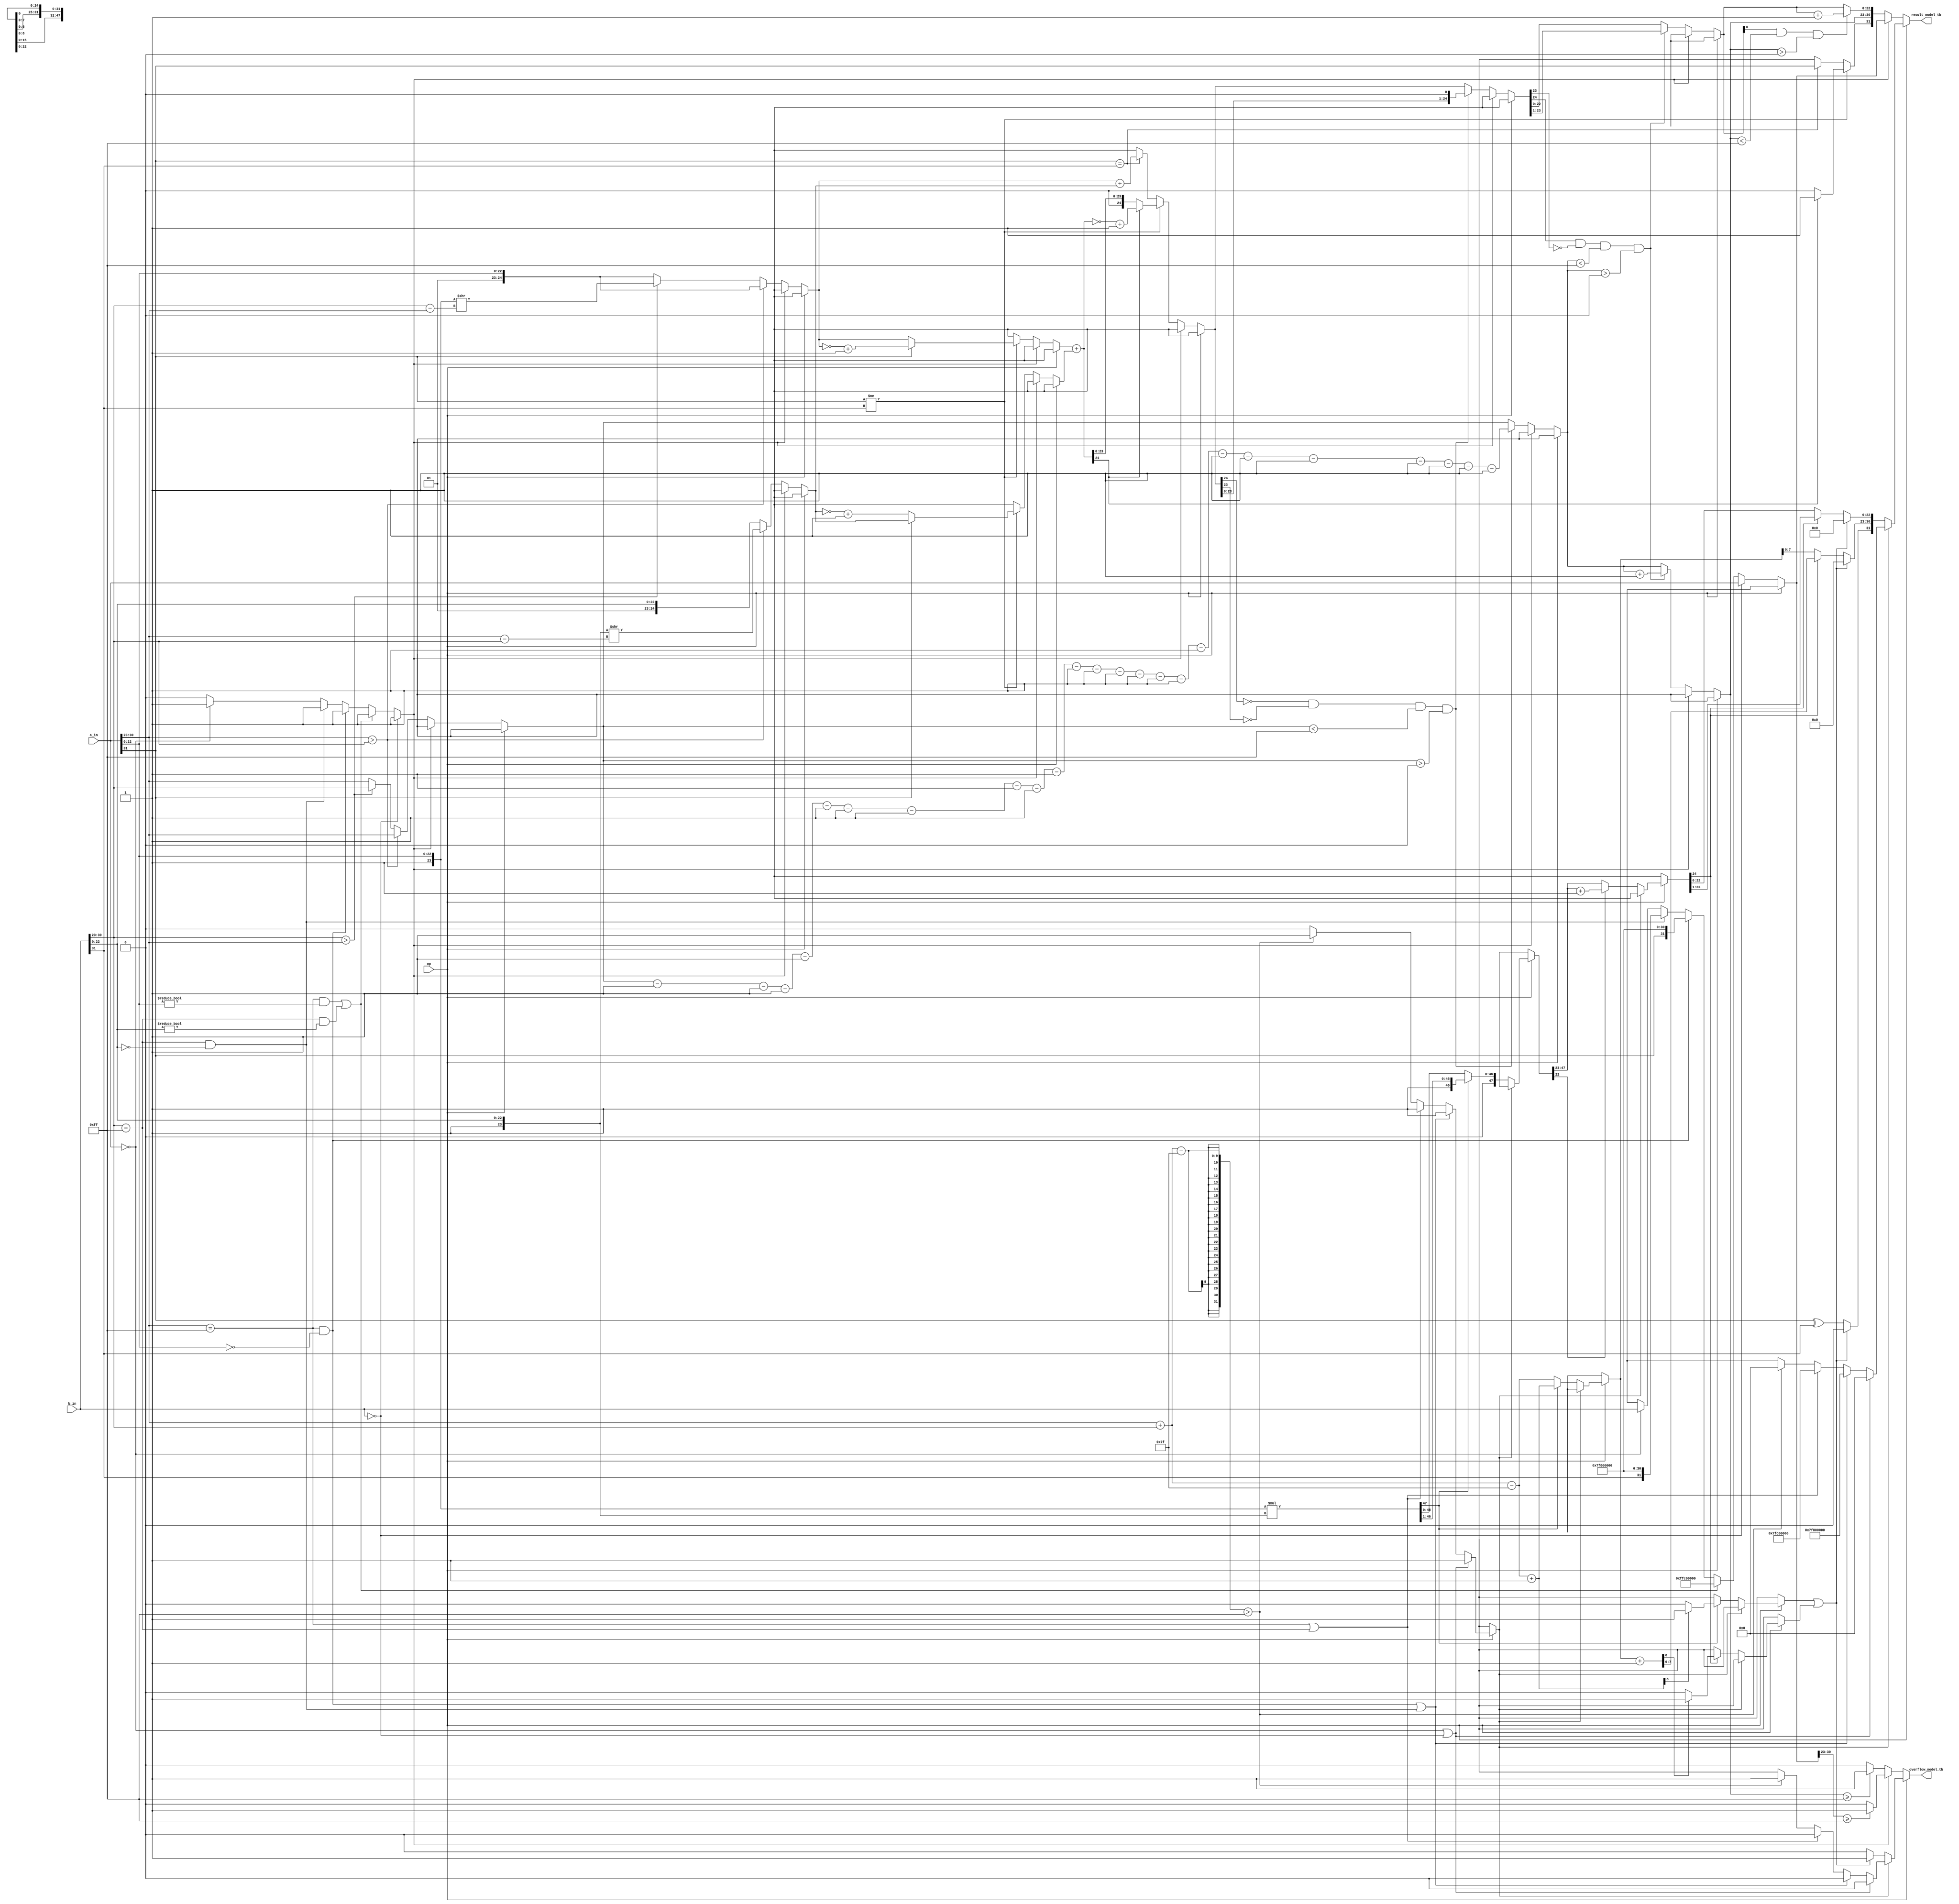
module fpalu_verify(input [31:0]a_in,b_in,input op,output reg [31:0]result_model_tb,output reg overflow_model_tb);
reg enable;


always@(*) 
begin

verification_model (a_in,b_in,op,result_model_tb,overflow_model_tb);

end

task  verification_model;
input [31:0] a_in, b_in;
input op;
output reg [31:0] result_task;
output reg overflow;
begin

if(op == 0)
    calculateadd (a_in, b_in, result_task,overflow);
else
    calculatemulti(a_in,b_in,result_task,overflow);
	
end
endtask



task calculateadd (input [31:0] x, y, output [31:0] sum, output overflow);
reg sa, sb, isexception;
reg [7:0] ea, eb;
reg [24:0] ma, mb;
reg of;
reg [31:0] res;
begin

split (x, y, sa, sb, ea, eb, ma, mb);
exception_adder (x, y, sa, sb, ea, eb, ma, mb, isexception, of, res);

if (!isexception)
begin
        // Call other tasks

	add_normal(x, y, sa, sb, ea, eb, ma, mb, overflow, sum);


end
else
begin
	if (res[30:23]>= 255) begin
	overflow = 1;
	end
	else begin
	overflow = 0;
	end
sum=res;
end
end
endtask

task calculatemulti (input [31:0] x, y, output [31:0] product, output overflow_multi);
reg sa, sb, isexception;
reg [7:0] ea, eb;
reg [24:0] ma, mb;
reg of;
reg [31:0] res;
begin
of=0;
res=0;
split (x, y, sa, sb, ea, eb, ma, mb);
exception_multi (x, y, sa, sb, ea, eb, ma, mb, isexception,of,res);

if (!isexception)
begin
        
	multi_normal(sa, sb, ea, eb, ma, mb, overflow_multi,product);

end
else
begin
	product=res;
	overflow_multi=of;
end
end
endtask

task split;
input [31:0] a_in, b_in;
output reg sa,sb;
output reg [7:0] ea,eb;
output reg [24:0] ma,mb;
begin

        sa = a_in[31];
        sb = b_in[31];
        ea = a_in[30:23];
        eb = b_in[30:23];
        ma = {2'b01,a_in[22:0]}; // Adjust for zero input
        mb = {2'b01,b_in[22:0]};
end
endtask



task exception_adder;
input [31:0] a_in, b_in;
input sa,sb;
input [7:0] ea,eb;
input [24:0] ma,mb;
output reg isexception, overflow_model;
output reg [31:0] result_model; 

reg sr;
reg [7:0] er;
reg [22:0] mr;

begin
	isexception = 0;
        //if a is NaN or b is NaN, return NaN
        if ((ea == 255 && ma[22:0] != 0) || (eb == 255 && mb[22:0] != 0)) begin
                sr = 1;
                er = 255;
                mr[22]= 1;
                mr[21:0] = 0;
                result_model = {sr, er, mr[22],mr[21:0]};
                overflow_model = 1;
                isexception = 1;
                end

        // if a is infinite
        else if(ea == 255 && ma[22:0] == 0) begin
                sr = sa;
                er = 255;
                mr = 0;
                result_model = {sr, er, mr};
                overflow_model = 1;
                isexception = 1;
                end

        // if b is infinite
        else if(eb == 255 && mb[22:0] == 0) begin
                sr = sb;
		er = 255;
                mr = 0;
                result_model = {sr, er, mr};
                overflow_model = 1;
                isexception = 1;
                end

        // if a is zero and b isnt
        else if ( a_in ==32'b0) begin
                sr = sb;
                er = eb;
                mr = b_in[22:0];
                result_model = {sr, er, mr};
                overflow_model = 0;
                isexception = 1;
                end

        // if b is zero and a isn't
        if ( b_in ==32'b0) begin
                sr = sa;
                er = ea;
                mr = a_in[22:0];
                result_model = {sr, er, mr};
                overflow_model = 0;
                isexception = 1;
                end
//done = 1'b1;
end
endtask

task exception_multi;
input [31:0] a_in, b_in;
input sa,sb;
input [7:0] ea,eb;
input [24:0] ma,mb;
output reg isexception, overflow_model;
output reg [31:0] result_model; 

reg sr;
reg [7:0] er;
reg [22:0] mr;

begin
	isexception = 0;
	// if a  or b is zero 
        
	if ( (a_in ==0)||( b_in ==0)) begin
                result_model = 0;
                overflow_model=0;
                isexception = 1;
                end
	// if a or b  is infinite
	else if (((a_in[30:23]==8'b11111111)&&(a_in[22:0]==0))|((b_in[30:23]==8'b11111111)&&(b_in[22:0]==0))) begin
                sr = 0;
                er = 8'b1111_1111;
                mr = 0;
                result_model = {sr, er, mr};
		overflow_model=0;
                isexception = 1;
                end
            
	 //if a is NaN or b is NaN, return NaN
       else if((a_in[30:23]==8'b11111111)|(b_in[30:23]==8'b11111111))begin
                sr = 0;
                er = 8'b1111_1111;
		mr[22]=1'b1;
		mr[21:0]=0;
                result_model = {sr,er,mr};
		overflow_model=0;
                isexception = 1;
                end

             
	else 
	begin	
	if((a_in[30:23]+b_in[30:23]-8'd127)>255)
	begin
	result_model=0;
	overflow_model=1;
	isexception=1;
	end
	end
   
       
end
endtask

task add_normal;//addition block
	input [31:0] a_in, b_in;
	input sa,sb;
	input [7:0] ea,eb;
	input [24:0] ma,mb;
	output reg overflow_model;
	output reg [31:0] result_model; 
		reg [24:0] mr;
		reg sr;
		reg [7:0] er;	
	integer i;

begin

begin : stage1
	reg [7:0] difference;

        if(ea > eb)
                begin
                er = ea;
                difference =  ea - eb;
                mb = mb >> difference;
                end
        else if(eb > ea)
                begin
                er = eb;
                difference = eb - ea;
                ma = ma  >> difference;
                end
        else begin
                er=ea;
                end
end

begin : stage2
        if (sa == sb) // Simply add the significands when signs are equal. Sign of result = sign of a and b
                begin
                sr = sa;
                mr = ma + mb;
                end

        if (sa != sb) // Negate the significand of the negative number and add both significands. Sign of result = sign of sum. Negate the sum if negative.
                begin
                if (sa == 1'b1) // only a is negative
                        begin
                        ma = (~ma) + 1'b1; // 2's complement of a
                        mb = mb;
                        end

                else // only b is negative
                        begin
                        mb = ~mb + 1'b1; // 2's complement of b
                        ma = ma;
                        end

        mr = ma + mb;
                

        if (mr[24] == 1'b1) // sum is negative
                begin
                mr = (~mr) + 1'b1; // 2's complement of sum
                sr = 1'b1;
                end
        else
		begin
                mr = mr;
                sr = 1'b0;
		end

end
end


begin


        if(mr[24] == 0 && mr[23] == 0 && er < 255 && er > 0) begin
                for(i=0;i<24;i=i+1)
                er = er - 1'b1;
                mr = mr << 1;
        end

        if ( mr[24] == 1 && mr[23] == 0 && er < 255 && er > 0) begin
                er = er + 1'b1;
                mr = mr >> 1;
        end

end



begin
if(mr[0] == 1 && er < 255 && er > 0) begin
        mr = mr + 1'b1;
        end

end


begin
if (er >= 255) begin
        overflow_model = 1;
        end
else begin
        overflow_model = 0;
        end
result_model = {sr,er,mr[22:0]};

//done = 1'b1;
end

end

endtask

task multi_normal;//multiplication block
	input sa,sb;
	input [7:0] ea,eb;
	input [24:0] ma,mb;
	output reg overflow_model;
	output reg [31:0] product_model;
		
		reg of1,of2;
		reg [47:0]pm,p;// 2n number of bits in the result 24*2.
		reg [8:0] pe,pe1,pe2;
		reg [23:0] a,b;// for 22 +1 bit
		reg [24:0] pm1,pm2;// to store the normalized product
		

begin
	
begin
	pe=ea+eb-8'd127; //Adding exponents of the two inputs and subtracting the bias to get new biased exponent
	product_model[31]=sa^sb;
	pm=ma*mb;	
end

begin
	if(pm[47]==1'b1)
		begin
		p=pm>>1;//right shift
		pe1=pe+1'b1;//increment the exp by 1
		
		if(pe1[8])
		    begin
		    of1=1'b1;        
		    end
		else
			begin
			of1=1'b0;
			end
		end
	else 
	 begin
        p=pm;
	pe1=pe;
        end
end

//to round off the final bit of the product
begin
	if(p[22]==1'b1) //if the last bit is 1 the add 1 to the previous term
	    begin
	    pm1=p[47:23]+1'b1;
	    end 
	else// if its not zero the continue the process
	    begin
	    pm1=p[47:23];
	    end
end

begin//checkiing for normalization for the 2nd time
		if(pm1[24]==1'b1)
		begin
			pm2=pm1>>1;
			pe2=pe1+1'b1;
			
			if(pe2[8])
		        begin
		        of2=1'b1;        
		        end
			else
			begin
			of2=1'b0;
			end
		end
		else
		begin
		pm2=pm1;
            	pe2=pe1;    
	        end
end

begin
	if(of1||of2)
		begin
		product_model=0;
		overflow_model=1;
		end

	else
		begin
		product_model[30:23]=pe2[7:0];
		product_model[22:0]=pm2;
		overflow_model=0;						
		end
	
end
end
endtask

endmodule